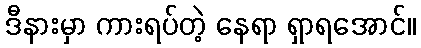
ဒီနားမှာ ကားရပ်တဲ့ နေရာ ရှာရအောင်။